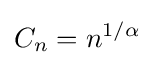
C_{n}=n^{1/\alpha }